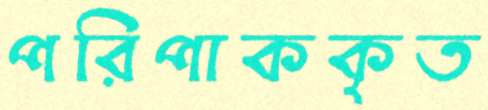
পরিপাককৃত